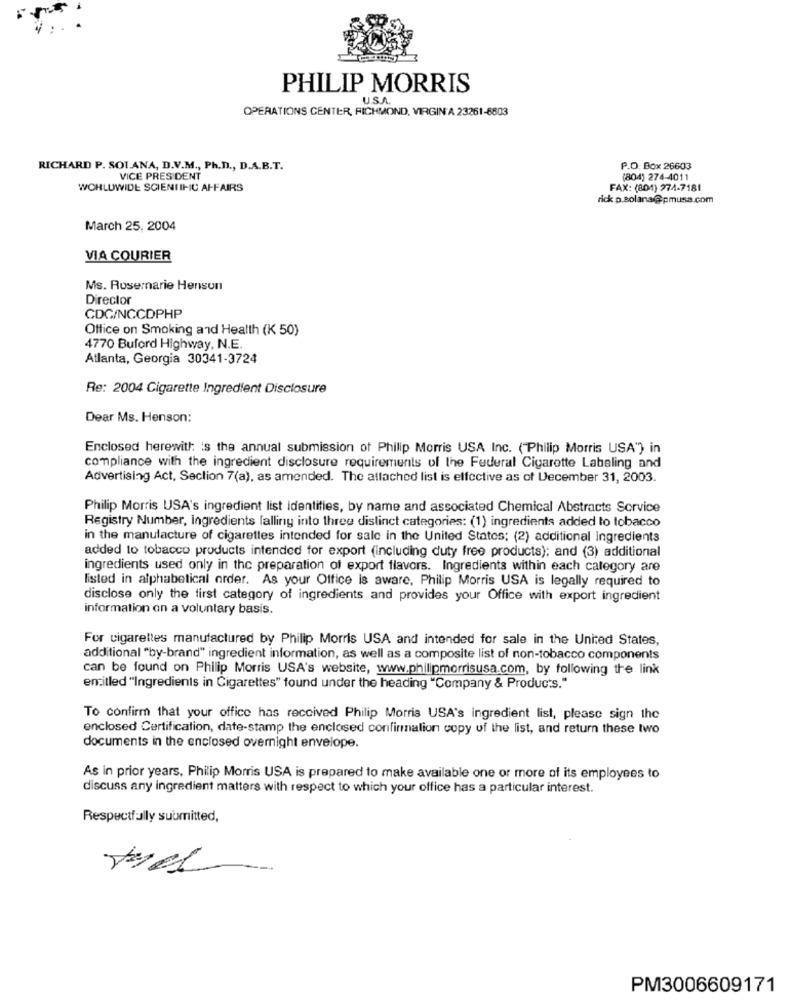
PHILIP MORRIS
USA
OPERATIONS CENTER, RICHMOND, VIRGIN A 23261-6803
RICHARD P. SOLANA, D.V.M ., Ph.D ., D.A.B.T.
P.O. Box 26603
VICE PRESIDENT
(804) 274-4011
WOHLUWIDE SCIENTIHC AFFAIRS
FAX: (804) 274-7181
rick p.solana@pmusa.com
March 25, 2004
VIA COURIER
Ms. Rosemarie Henson
Director
CDC/NCCDPHP
Office on Smoking and Health (K 50)
4770 Buford Highway, N.E.
Atlanta, Georgia 30341-3724
Re: 2004 Cigarette Ingredient Disclosure
Dear Ms. Henson:
Enclosed herewith: is the annual submission of Philip Morris USA Inc. ("Philip Morris USA") in
compliance with the ingredient disclosure requirements of the Federal Cigarette Labaling and
Advertising Act, Section 7(a), as amended. The attached list is effective as of December 31, 2003.
Philip Morris USA's ingredient list identities, by name and associated Chemical Abstracts Service
Registry Number, Ingredients falling into three distinct categories: (1) ingredients added to tobacco
in the manufacture of cigarettes intended for sale in the United States; (2) additional Ingredients
added to tobacco products intended for export (including duty free products); and (3) additional
ingredients used only in the preparation of export flavors. Ingredients within each category are
listed in alphabetical order. As your Office is aware, Philip Morris USA is legally required to
disclose only the first category of ingredients and provides your Office with export ingredient
information on a voluntary basis.
For cigarettes manufactured by Philip Morris USA and intended for sale in the United States,
additional "by-brand" ingredient information, as well as a composite list of non-tobacco components
can be found on Philip Morris USA's website, www.philipmorrisusa.com, by following the link
entitled "Ingredients in Cigarettes" found under the heading "Company & Products."
To confirm that your office has received Philip Morris USA's ingredient list, please sign the
enclosed Certification, date-stamp the enclosed confirmnalion copy of the list, and return these two
documents in the enclosed overnight envelope.
As in prior years, Philip Morris USA is prepared to make available one or more of its employees to
discuss any ingredient matters with respect to which your office has a particular interest.
Respectfully submitted,
PM3006609171